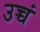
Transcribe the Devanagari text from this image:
उच्चं